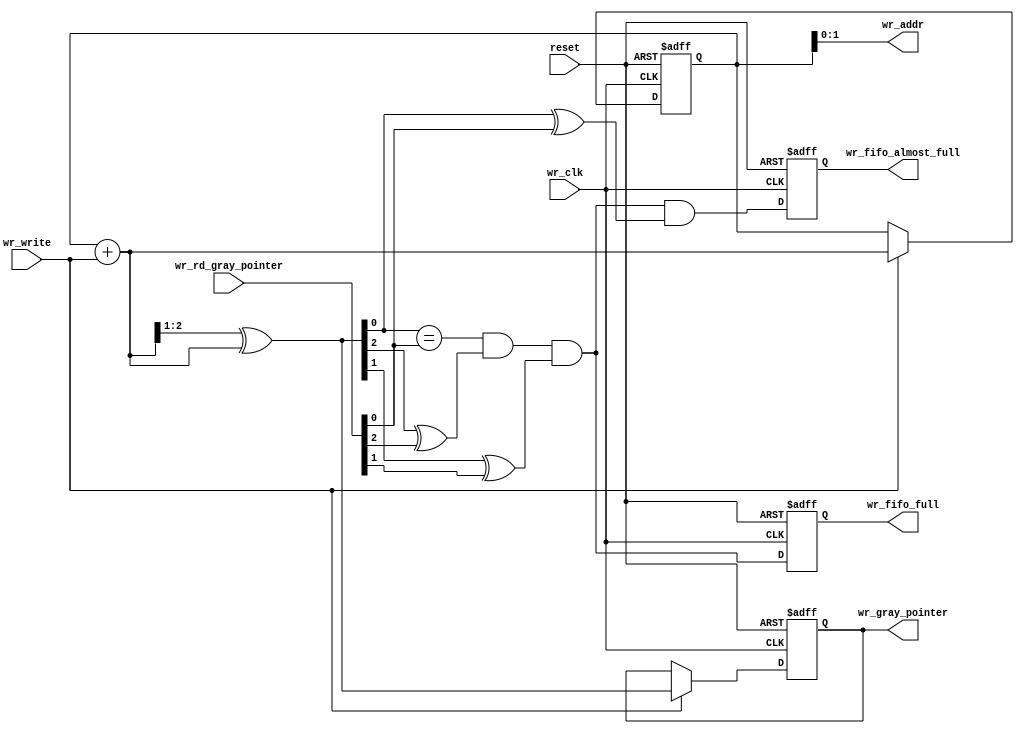
module fifo_full_block (/*AUTOARG*/
   // Outputs
   wr_fifo_full, wr_fifo_almost_full, wr_addr, wr_gray_pointer,
   // Inputs
   reset, wr_clk, wr_rd_gray_pointer, wr_write
   );

   parameter AW   = 2; // Number of bits to access all the entries 

   //##########
   //# INPUTS
   //##########
   input           reset;
   input           wr_clk;

   input [AW:0]    wr_rd_gray_pointer;//synced from read domain
   input           wr_write;
   
   //###########
   //# OUTPUTS
   //###########
   output           wr_fifo_full;
   output           wr_fifo_almost_full;
   
   output [AW-1:0]  wr_addr;
   output [AW:0]    wr_gray_pointer;//for read domain

   //#########
   //# REGS
   //#########
   reg [AW:0]      wr_gray_pointer;
   reg [AW:0]      wr_binary_pointer;
   reg             wr_fifo_full;

   //##########
   //# WIRES
   //##########
   wire            wr_fifo_full_next;
   wire [AW:0]     wr_gray_next;
   wire [AW:0]     wr_binary_next;
   
   wire 	   wr_fifo_almost_full_next;
   reg 		   wr_fifo_almost_full;
   
   //Counter States
   always @(posedge wr_clk or posedge reset)
     if(reset)
       begin
	  wr_binary_pointer[AW:0]     <= {(AW+1){1'b0}};
	  wr_gray_pointer[AW:0]       <= {(AW+1){1'b0}};
       end
     else if(wr_write)
       begin
	  wr_binary_pointer[AW:0]     <= wr_binary_next[AW:0];	  
	  wr_gray_pointer[AW:0]       <= wr_gray_next[AW:0];	  
       end

   //Write Address
   assign wr_addr[AW-1:0]       = wr_binary_pointer[AW-1:0];

   //Updating binary pointer
   assign wr_binary_next[AW:0]  = wr_binary_pointer[AW:0] + 
				  {{(AW){1'b0}},wr_write};

   //Gray Pointer Conversion (for more reliable synchronization)!
   assign wr_gray_next[AW:0]    = {1'b0,wr_binary_next[AW:1]} ^ 
				  wr_binary_next[AW:0];

   //FIFO full indication
   assign wr_fifo_full_next =
			 (wr_gray_next[AW-2:0] == wr_rd_gray_pointer[AW-2:0]) &
			 (wr_gray_next[AW]     ^  wr_rd_gray_pointer[AW])     &
			 (wr_gray_next[AW-1]   ^  wr_rd_gray_pointer[AW-1]);

 
   always @ (posedge wr_clk or posedge reset)
     if(reset)
       wr_fifo_full <= 1'b0;
     else
       wr_fifo_full <=wr_fifo_full_next;


   //FIFO almost full
   assign wr_fifo_almost_full_next =
			 (wr_gray_next[AW-3:0] == wr_rd_gray_pointer[AW-3:0]) &
			 (wr_gray_next[AW]     ^  wr_rd_gray_pointer[AW])     &
			 (wr_gray_next[AW-1]   ^  wr_rd_gray_pointer[AW-1])   &
			 (wr_gray_next[AW-2]   ^  wr_rd_gray_pointer[AW-2]);
  
   always @ (posedge wr_clk or posedge reset)
     if(reset)
       wr_fifo_almost_full <= 1'b0;
     else
       wr_fifo_almost_full <=wr_fifo_almost_full_next;

endmodule